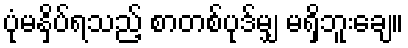
ပုံမနှိပ်ရသည့် စာတစ်ပုဒ်မျှ မရှိဘူးချေ။